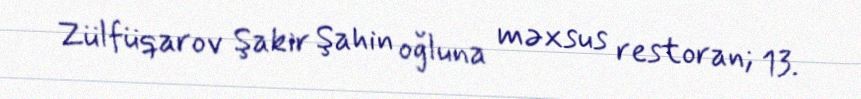
Zülfüqarov Şakir Şahin oğluna məxsus restoran; 13.